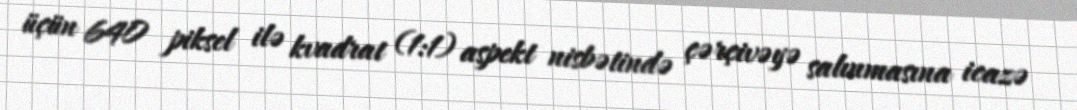
üçün 640 piksel ilə kvadrat (1:1) aspekt nisbətində çərçivəyə salınmasına icazə